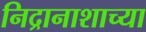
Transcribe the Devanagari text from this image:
निद्रानाशाच्या